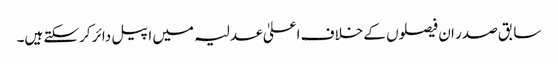
سابق صدر ان فیصلوں کے خلاف اعلیٰ عدلیہ میں اپیل دائر کرسکتے ہیں۔